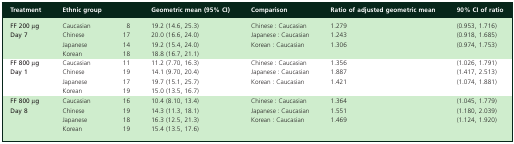
| Treatment | Ethnic group |  | Geometric mean (95% CI) | Comparison | Ratio of adjusted geometric mean | 90% CI of ratio |
 | --- | --- | --- | --- | --- | --- | --- |
 | FF 200 μgDay 7 | Caucasian Chinese Japanese Korean | 8 17 14 18 | 19.2 (14.6, 25.3) 20.0 (16.6, 24.0) 19.2 (15.4, 24.0) 18.8 (16.7, 21.1) | Chinese : Caucasian Japanese : Caucasian Korean : Caucasian | 1.279 1.243 1.306 | (0.953, 1.716) (0.918, 1.685) (0.974, 1.753) |
 | FF 800 μgDay 1 | Caucasian Chinese Japanese Korean | 11 19 17 19 | 11.2 (7.70, 16.3) 14.1 (9.70, 20.4) 19.7 (15.1, 25.7) 15.0 (13.5, 16.7) | Chinese : Caucasian Japanese : Caucasian Korean : Caucasian | 1.356 1.887 1.421 | (1.026, 1.791) (1.417, 2.513) (1.074, 1.881) |
 | FF 800 μgDay 8 | Caucasian Chinese Japanese Korean | 16 19 18 19 | 10.4 (8.10, 13.4) 14.3 (11.3, 18.1) 16.3 (12.5, 21.3) 15.4 (13.5, 17.6) | Chinese : Caucasian Japanese : Caucasian Korean : Caucasian | 1.364 1.551 1.469 | (1.045, 1.779) (1.180, 2.039) (1.124, 1.920) |